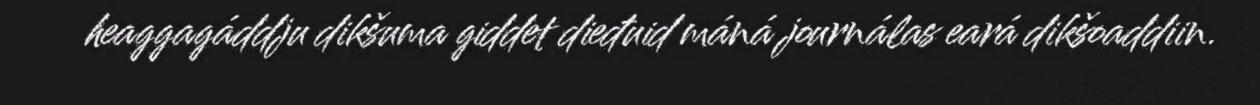
heaggagáddju dikšuma giddet dieđuid máná journálas eará dikšoaddiin.